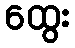
ထွေး